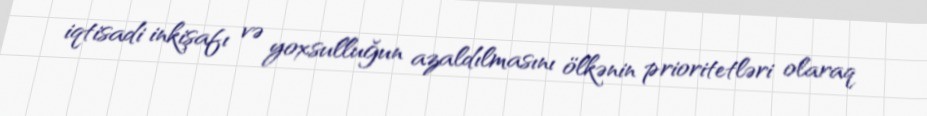
iqtisadi inkişafı və yoxsulluğun azaldılmasını ölkənin prioritetləri olaraq